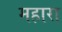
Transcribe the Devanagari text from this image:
महारा